Report of the Lahore Medical School Hospital
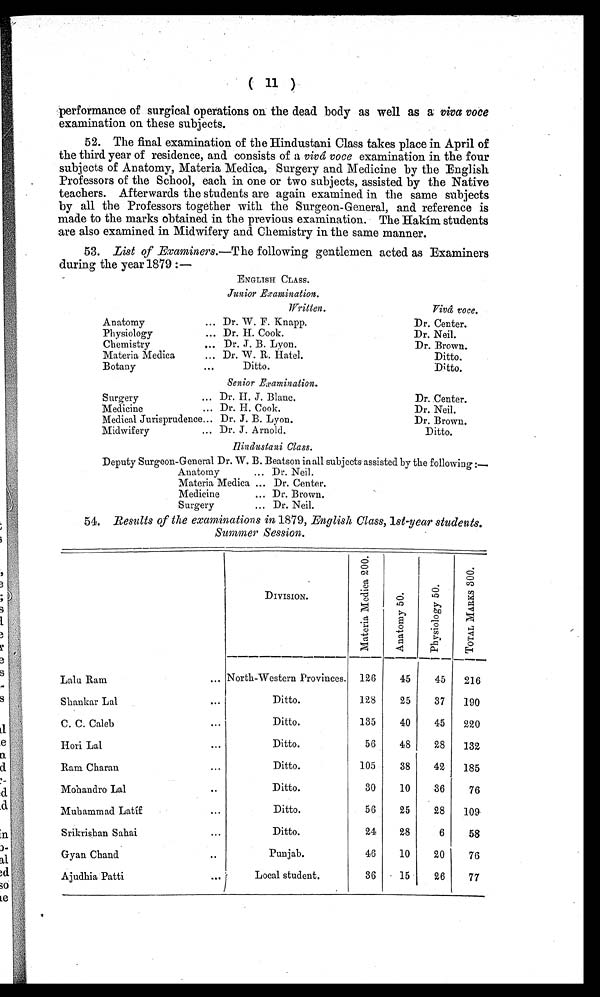
( 11 )
performance of surgical operations on the dead body as well as a viva voce
examination on these subjects.
52. The final examination of the Hindustani Class takes place in April of
the third year of residence, and consists of a vivâ voce examination in the four
subjects of Anatomy, Materia Medica, Surgery and Medicine by the English
Professors of the School, each in one or two subjects, assisted by the Native
teachers. Afterwards the students are again examined in the same subjects
by all the Professors together with the Surgeon-General, and reference is
made to the marks obtained in the previous examination. The Hakím students
are also examined in Midwifery and Chemistry in the same manner.
53. List of Examiners.— The following gentlemen acted as Examiners
during the year 1879 :—
E N G L I S H C L A S S .
J u n i o r E x a m i n a t i o n .
W r i t t e n .
V i v â v o c e .
Anatomy
...
Dr. W. F. Knapp.
Dr. Center.
Physiology
...
Dr. H. Cook.
Dr. Neil.
Chemistry
...
Dr. J. B. Lyon.
Dr. Brown.
Materia Medica
...
Dr. W. R. Hatel.
Ditto.
Botany
. . .
Ditto.
Ditto.
S e n i o r E x a m i n a t i o n .
Surgery
... Dr. H. J. Blanc.
Dr. Center.
Medicine
... Dr. H. Cook.
Dr. Neil.
Medical Jurisprudence
Dr. J. B. Lyon.
Dr. Brown.
Midwifery
... Dr. J. Arnold.
Ditto.
Hindustani Class.
Deputy Surgeon-General Dr. W. B. Beatson in all subjects assisted by the following :—
Anatomy
... Dr. Neil.
Materia Medica ... Dr. Center.
Medicine
... Dr. Brown.
Surgery
... Dr. Neil.
54.
Besults of the examinations in 1879, English Class, 1st-year students.
Summer Session.
DI VI S I ON.
M a t e r i a M e d i c a 2 0 0 .
A n a t o m y 5 0 .
P h y s i o l o g y 5 0 . T O T A L M A R K S 3 0 0 .
Lalu Ram
... North-Western Provinces. 126
45
45
216
Shankar Lal
...
Ditto.
128
25
37
190
C. C. Caleb
...
Ditto.
135
40
45
220
Hori Lal ...
Ditto.
56
48
28
132
Ram Charan
...
D i t t o .
105
38
42
185
Mohandro Lal
...
Ditto.
30
10
36
76
Muhammad Latíf
...
Ditto.
56
25
28
109
Srikrishan Sahai
...
D i t t o .
24
28
6
58
Gyan Chand
..
Punjab.
46
10
20
76
Ajudhia Patti
...
Local student.
36
15
26
77